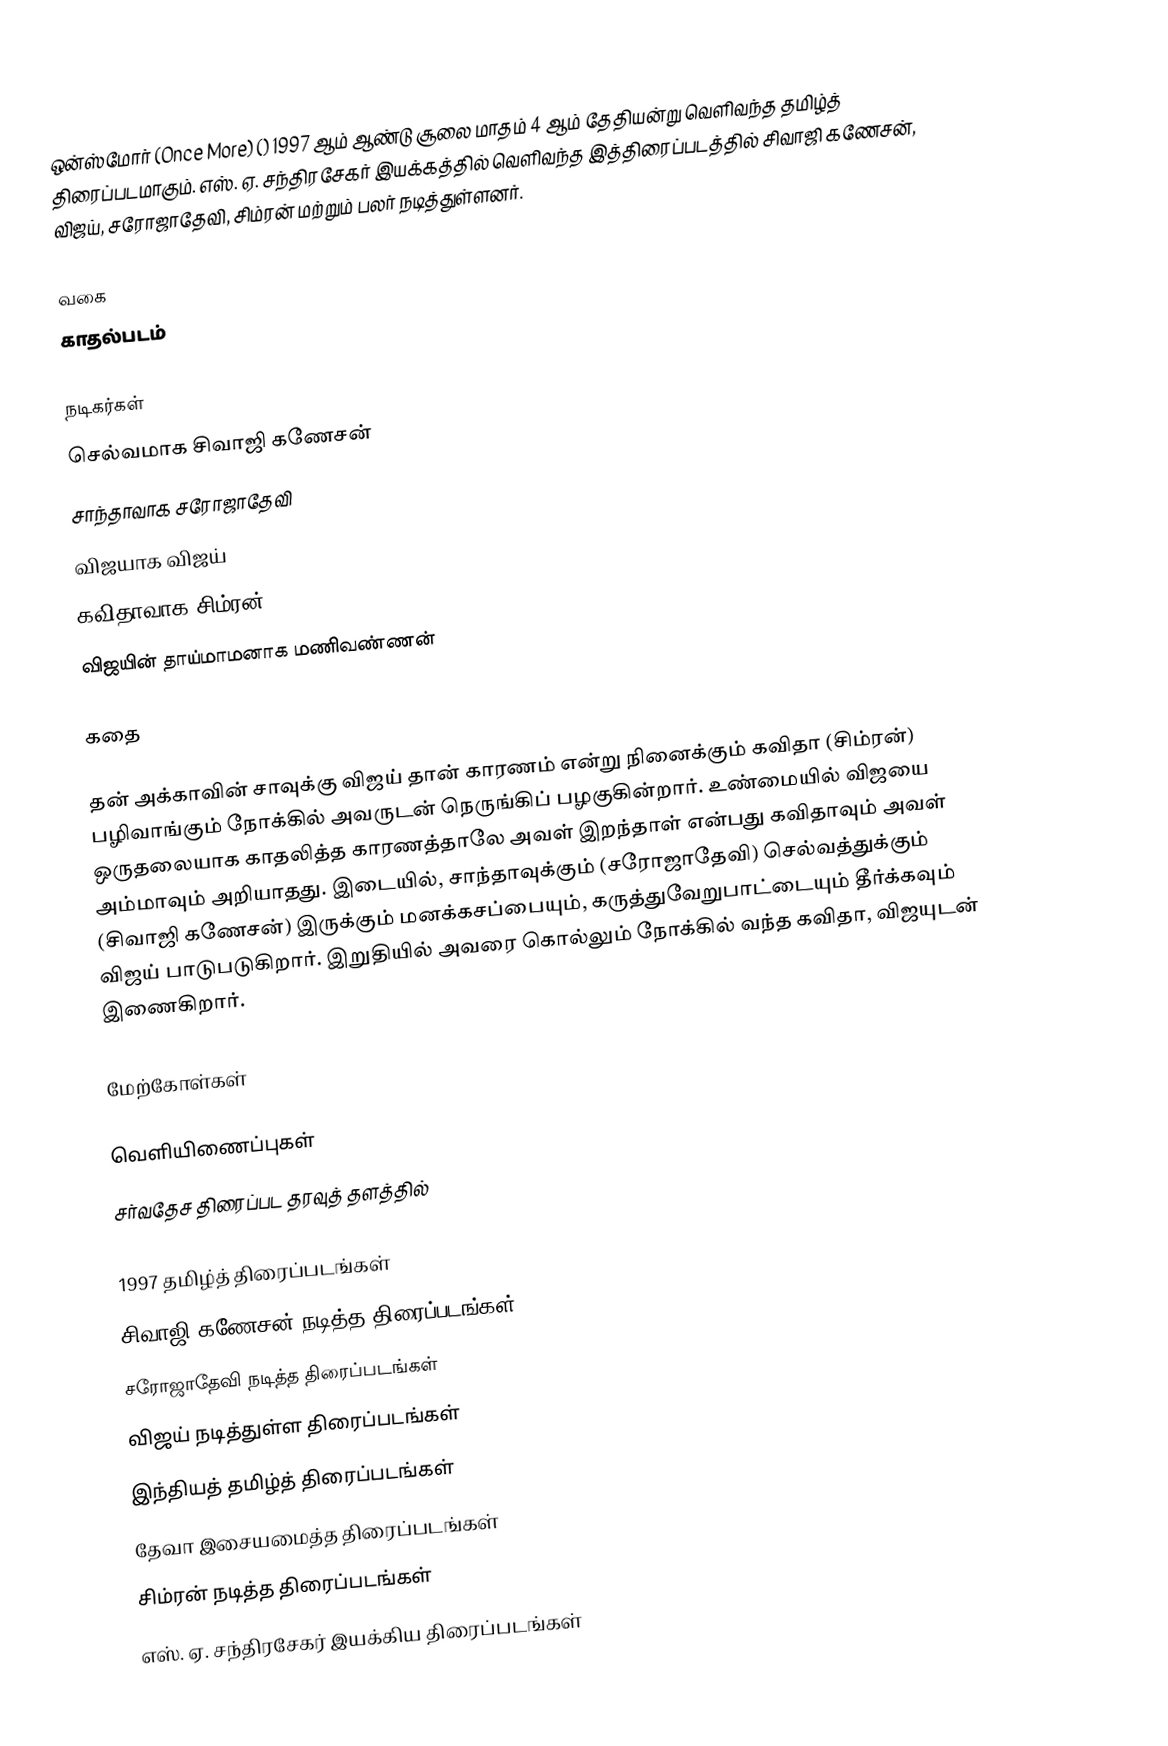
ஒன்ஸ்மோர் (Once More) () 1997 ஆம் ஆண்டு சூலை மாதம் 4 ஆம் தேதியன்று வெளிவந்த தமிழ்த் திரைப்படமாகும். எஸ். ஏ. சந்திரசேகர் இயக்கத்தில் வெளிவந்த இத்திரைப்படத்தில் சிவாஜி கணேசன், விஜய், சரோஜாதேவி, சிம்ரன் மற்றும் பலர் நடித்துள்ளனர்.

வகை
காதல்படம்

நடிகர்கள்
 செல்வமாக சிவாஜி கணேசன்
 சாந்தாவாக சரோஜாதேவி
 விஜயாக விஜய்
 கவிதாவாக சிம்ரன்
 விஜயின் தாய்மாமனாக மணிவண்ணன்

கதை

தன் அக்காவின் சாவுக்கு விஜய் தான் காரணம் என்று நினைக்கும் கவிதா (சிம்ரன்) பழிவாங்கும் நோக்கில் அவருடன் நெருங்கிப் பழகுகின்றார். உண்மையில் விஜயை ஒருதலையாக காதலித்த காரணத்தாலே அவள் இறந்தாள் என்பது கவிதாவும் அவள் அம்மாவும் அறியாதது. இடையில், சாந்தாவுக்கும் (சரோஜாதேவி) செல்வத்துக்கும் (சிவாஜி கணேசன்) இருக்கும் மனக்கசப்பையும், கருத்துவேறுபாட்டையும் தீர்க்கவும் விஜய் பாடுபடுகிறார். இறுதியில் அவரை கொல்லும் நோக்கில் வந்த கவிதா, விஜயுடன் இணைகிறார்.

மேற்கோள்கள்

வெளியிணைப்புகள்
சர்வதேச திரைப்பட தரவுத் தளத்தில்

1997 தமிழ்த் திரைப்படங்கள்
சிவாஜி கணேசன் நடித்த திரைப்படங்கள்
சரோஜாதேவி நடித்த திரைப்படங்கள்
விஜய் நடித்துள்ள திரைப்படங்கள்
இந்தியத் தமிழ்த் திரைப்படங்கள்
தேவா இசையமைத்த திரைப்படங்கள்
சிம்ரன் நடித்த திரைப்படங்கள்
எஸ். ஏ. சந்திரசேகர் இயக்கிய திரைப்படங்கள்